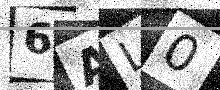
Text: 6AL0